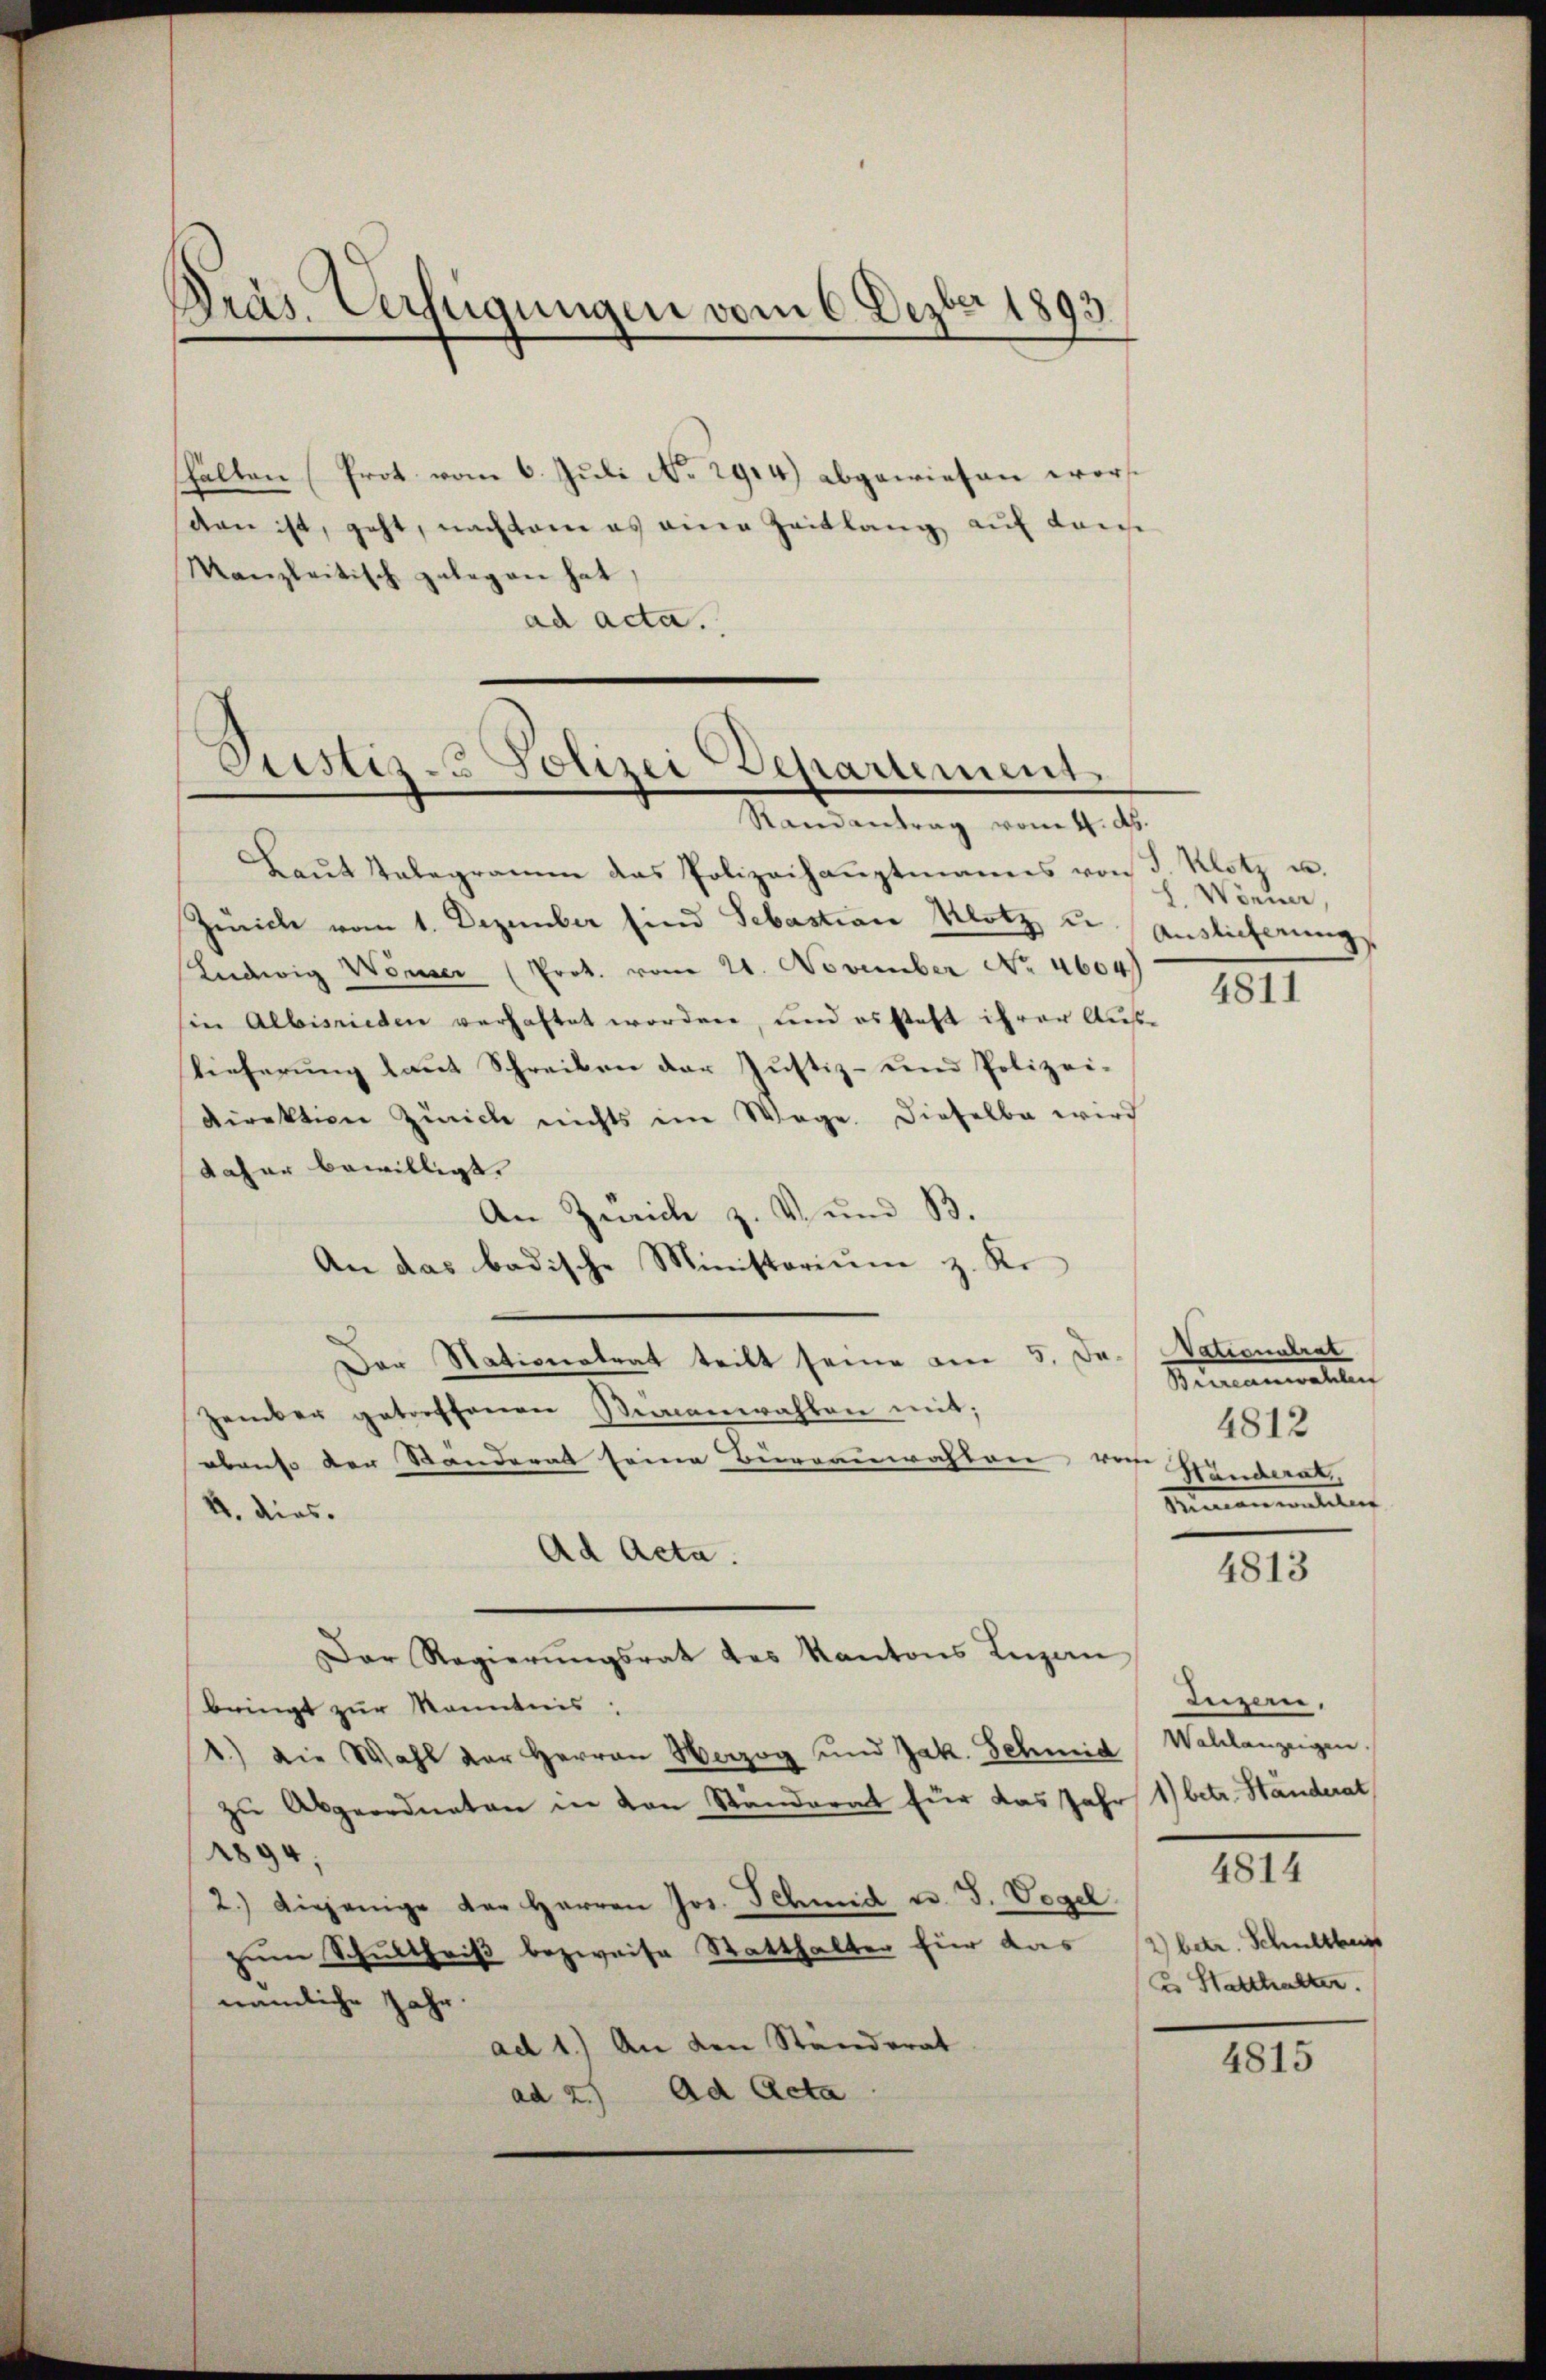
Präs. Verfügungen vom 6. Dezbr 1893

hälten (Prot. vom 6. Juli No 2914.) abgewiesen worden ist, geht, nachdem es eine Zeitlang auf das
Manzleitisch gelegen hat,
ad acta.

Justiz - Polizei Departement.
Randantrag vom 4. d.

Baŭt Telegramm das Polizeihauptmanns von F. Klotz u.
Zürich vom 1. Dezember sind Sebastian Klotz u. Anslicherung,
Liedwig Wonser (Prok. vom 21. November No. 4604)
sin Albisrieden verhaftet worden, und es steht ihrer Auslieferung laut Schreiben der Justiz- und Polizei-
Direktion Zürich nichts im Wege. Dieselbe wird
daher bewilligt.
An Zürich z. v. und B.
An das badische Ministorium z. Kr
Der Nativeratrat teilt seine am 5. Ja. Nationalrat
zember getreffenen Seinenwahlen mit;
obenso der Ständerat seine Bureauwahlen vor Handerat,
4. dies
Ad Acta.
Der Regierŭngsrat des Kantons Lugan
bringt zur Kenntnis:
1.) Die Wahl der Herren Herzog und Jak. Schmid Wahlanzeigen.
zu Abgeordneten in von Ständerat für das Jahr 1) betr. Standerat
1894,
2.) diejenige der Herren Jos. Schmid v. J. Vogel
zum Schultheiß bezweife Statthalter für das 2 betr. Schulther
nämliche Jahr
ad 1.) An den Ständerat
ad 2.) Ad Acta

L. Wenner,

4813

4811

Bermannaliten
4812
Mmanwalten

Iuzern.

4814

Es Statthalten.

4815